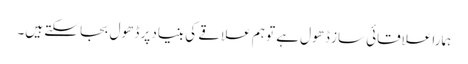
ہمارا علاقائی ساز ڈھول ہے تو ہم علاقے کی بنیاد پر ڈھول بجا سکتے ہیں۔